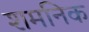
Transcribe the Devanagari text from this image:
शमनिक